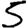
Digit: 5